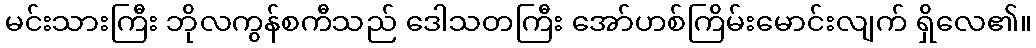
မင်းသားကြီး ဘိုလကွန်စကီသည် ဒေါသတကြီး အော်ဟစ်ကြိမ်းမောင်းလျက် ရှိလေ၏။